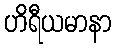
ဟိရီယမာနာ